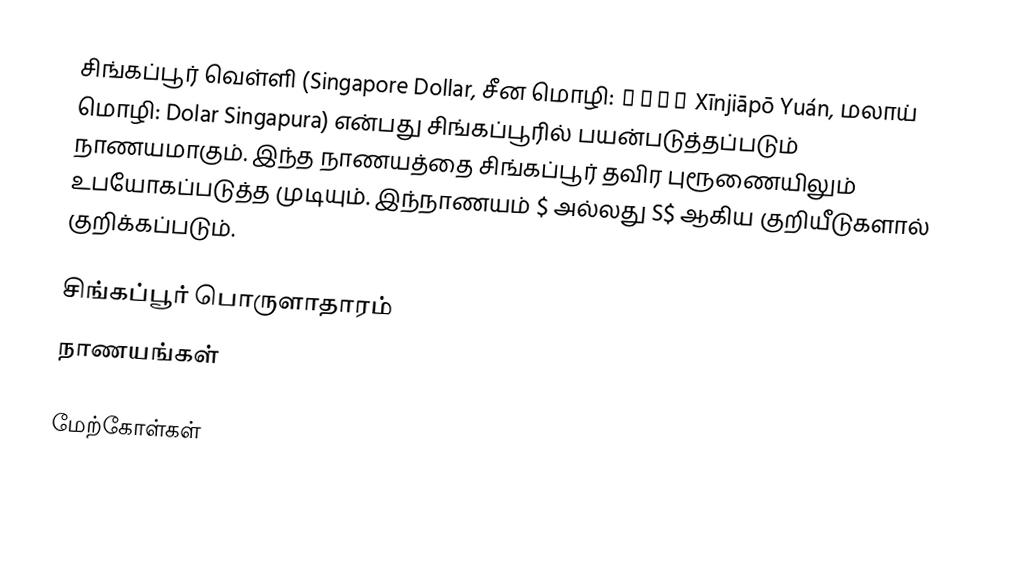
சிங்கப்பூர் வெள்ளி (Singapore Dollar, சீன மொழி: 新加坡元 Xīnjiāpō Yuán, மலாய் மொழி: Dolar Singapura) என்பது சிங்கப்பூரில் பயன்படுத்தப்படும் நாணயமாகும். இந்த நாணயத்தை சிங்கப்பூர் தவிர புரூணையிலும் உபயோகப்படுத்த முடியும். இந்நாணயம் $ அல்லது S$ ஆகிய குறியீடுகளால் குறிக்கப்படும்.

சிங்கப்பூர் பொருளாதாரம்
நாணயங்கள்

மேற்கோள்கள்